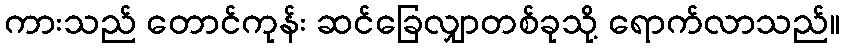
ကားသည် တောင်ကုန်း ဆင်ခြေလျှာတစ်ခုသို့ ရောက်လာသည်။